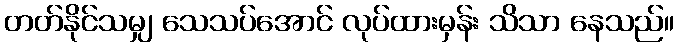
တတ်နိုင်သမျှ သေသပ်အောင် လုပ်ထားမှန်း သိသာ နေသည်။